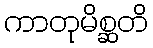
ကာတုမိစ္ဆတိ